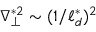
\nabla _ { \perp } ^ { * 2 } \sim ( 1 / \ell _ { d } ^ { * } ) ^ { 2 }